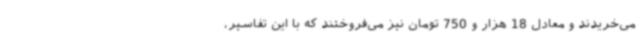
می‌خریدند و معادل 18 هزار و 750 تومان نیز می‌فروختند که با این تفاسیر،